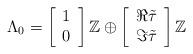
LaTeX: \begin{align*}\Lambda_{0}=\left[\begin{array}{c}1\\0\end{array}\right]\mathbb{Z}\oplus\left[\begin{array}{c}\Re\tilde\tau\\ \Im\tilde\tau\end{array}\right]\mathbb{Z}\end{align*}